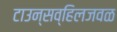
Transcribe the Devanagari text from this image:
टाउन्सव्हिलजवळ